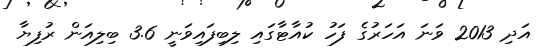
އަދި 2013 ވަނަ އަހަރުގެ ފަހު ކުއާޓާގައި ލިބިފައިވަނީ 3.6 ބިލިއަން ރުފިޔާ